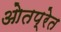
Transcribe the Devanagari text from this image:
ओतप्रेत